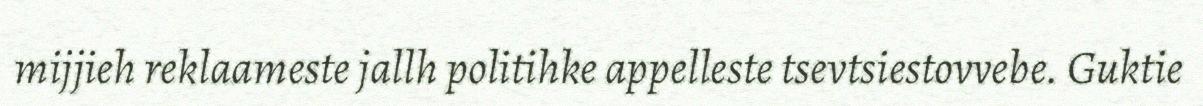
mijjieh reklaameste jallh politihke appelleste tsevtsiestovvebe. Guktie